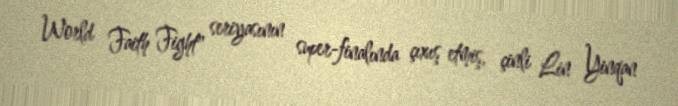
World Faith Fight" seriyasının super-finalında çıxış etmiş, çinli Lin Yinqan